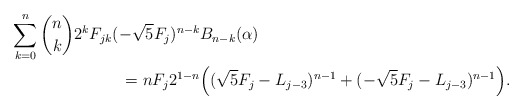
\begin{align*}\sum_{k=0}^n {n\choose k} 2^k F_{jk} (-\sqrt{5}F_j)^{n-k}& B_{n-k}(\alpha)\\ = n F_j 2^{1-n} &\Big ( (\sqrt{5} F_j - L_{j-3})^{n-1} + (-\sqrt{5}F_j - L_{j-3} )^{n-1}\Big ).\end{align*}